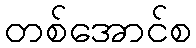
တစ်အောင်စ